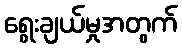
ရွေးချယ်မှုအတွက်